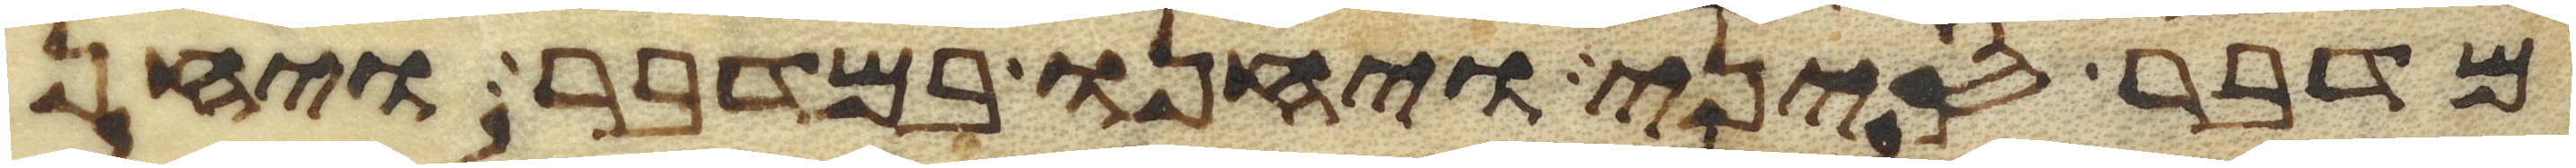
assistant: מדבר סיני ויחנו במדבר ויחן